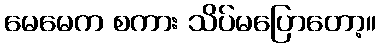
မေမေက စကား သိပ်မပြောတော့။